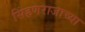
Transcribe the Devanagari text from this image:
सिंहणराजाच्या